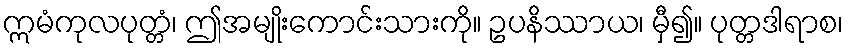
ဣမံကုလပုတ္တံ၊ ဤအမျိုးကောင်းသားကို။ ဥပနိဿာယ၊ မှီ၍။ ပုတ္တဒါရာစ၊